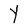
Character: Y